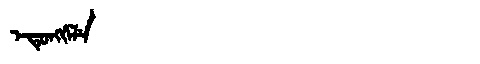
Manchu: ᡝᡨᡠᠩᡤᡝᠯᡝ
Romanization: ETUNGGELE